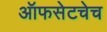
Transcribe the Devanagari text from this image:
ऑफसेटचेच